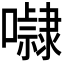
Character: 𭌚